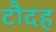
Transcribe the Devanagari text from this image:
टौदह